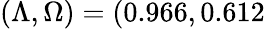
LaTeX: (\Lambda,\Omega)=(0.966,0.612